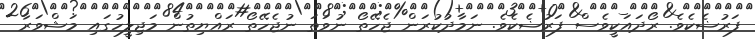
ފަރުޟެކެވެ. ރޯދައަކީވެސް ފަރުޟެކެވެ. ނަމާދުކުރަން ޖެހޭތޯ ނުވަތަ ނުޖެހޭތޯ ރައްޔިތުން މަޖިލީހުގައި މަޝްވަރާ